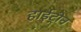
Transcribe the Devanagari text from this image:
हाईट्रोन